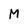
Character: M